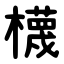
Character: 櫗